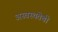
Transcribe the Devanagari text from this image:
अस्वस्थतेची